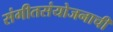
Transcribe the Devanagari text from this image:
संगीतसंयोजनाची